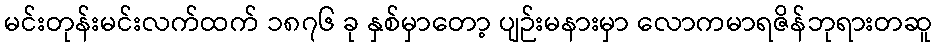
မင်းတုန်းမင်းလက်ထက် ၁၈၇၆ ခု နှစ်မှာတော့ ပျဉ်းမနားမှာ လောကမာရဇိန်ဘုရားတဆူ